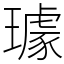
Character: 璩